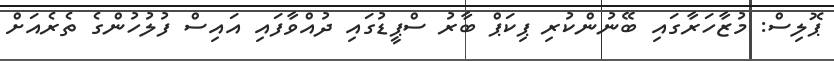
ޕޮލިސް: މުޒާހަރާގައި ބޭނުންކުރި ޕިކަޕް ބާރު ސްޕީޑުގައި ދުއްވާފައި އައިސް ފުލުހުންގެ ތެރެއަށް